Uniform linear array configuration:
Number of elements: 16
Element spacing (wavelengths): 0.5
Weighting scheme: blackman
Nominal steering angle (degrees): -30
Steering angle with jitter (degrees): -28.782
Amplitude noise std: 0.05
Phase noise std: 0.05

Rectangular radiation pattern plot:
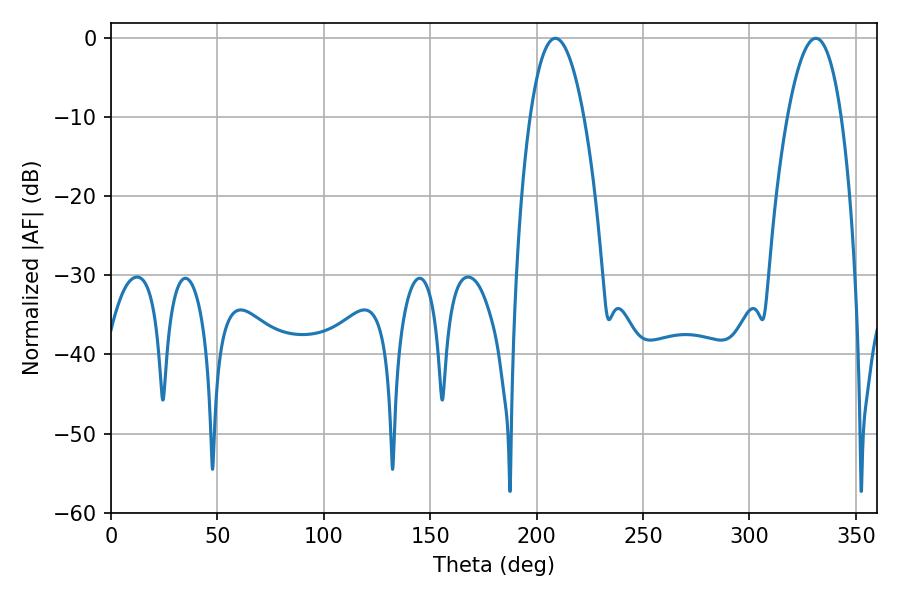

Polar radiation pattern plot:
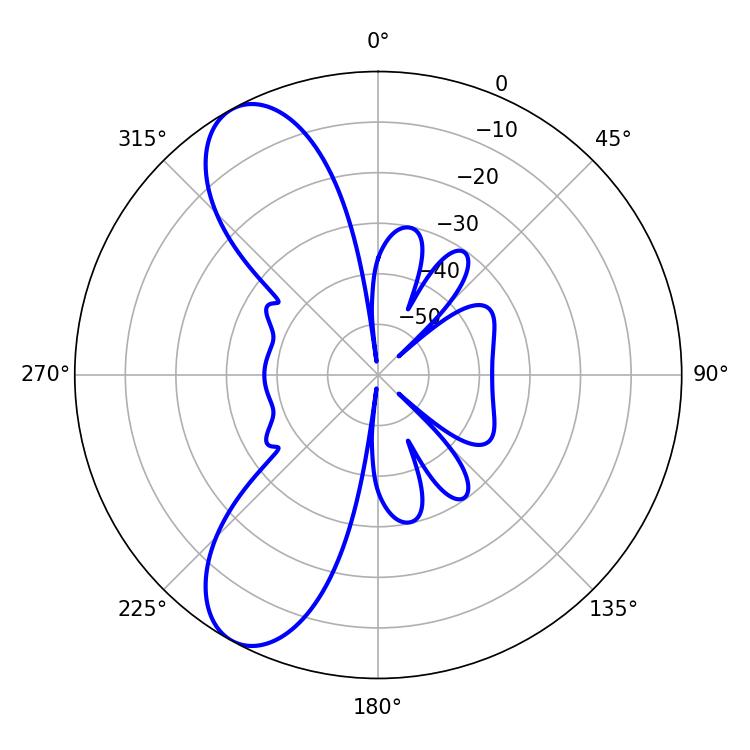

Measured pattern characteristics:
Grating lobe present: FALSE
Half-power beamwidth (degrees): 14.04
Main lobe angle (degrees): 208.8